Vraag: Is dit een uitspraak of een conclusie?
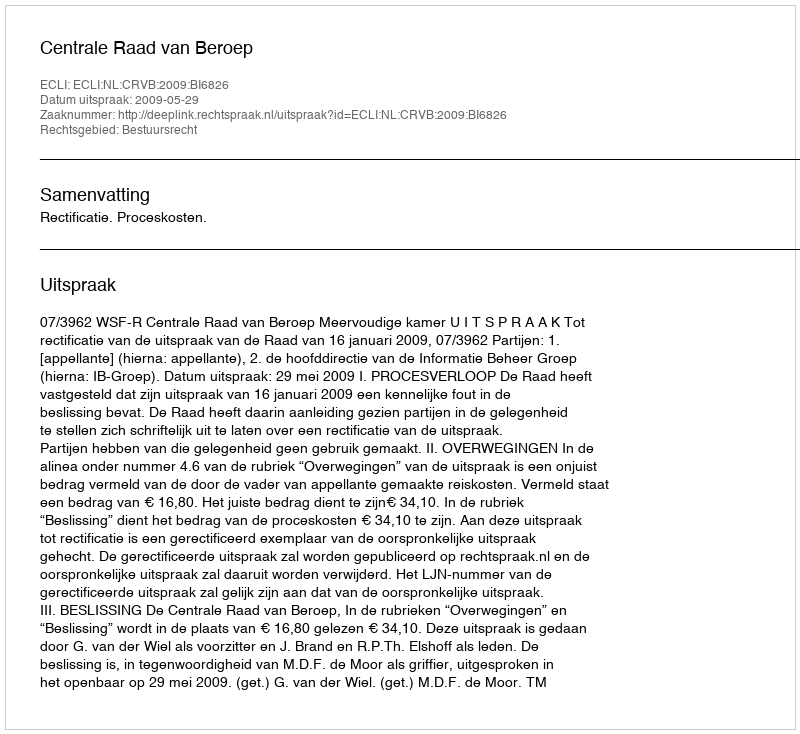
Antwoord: Uitspraak